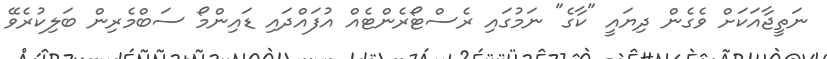
ނަތީޖާއަކަށް ވެގެން ދިޔައީ "ކާގެ" ނަމުގައި ރެސްޓޯރެންޓެއް އުފައްދައި ޑައިންމޯ ސަބްމެރިން ބަލިކުރެވޭ